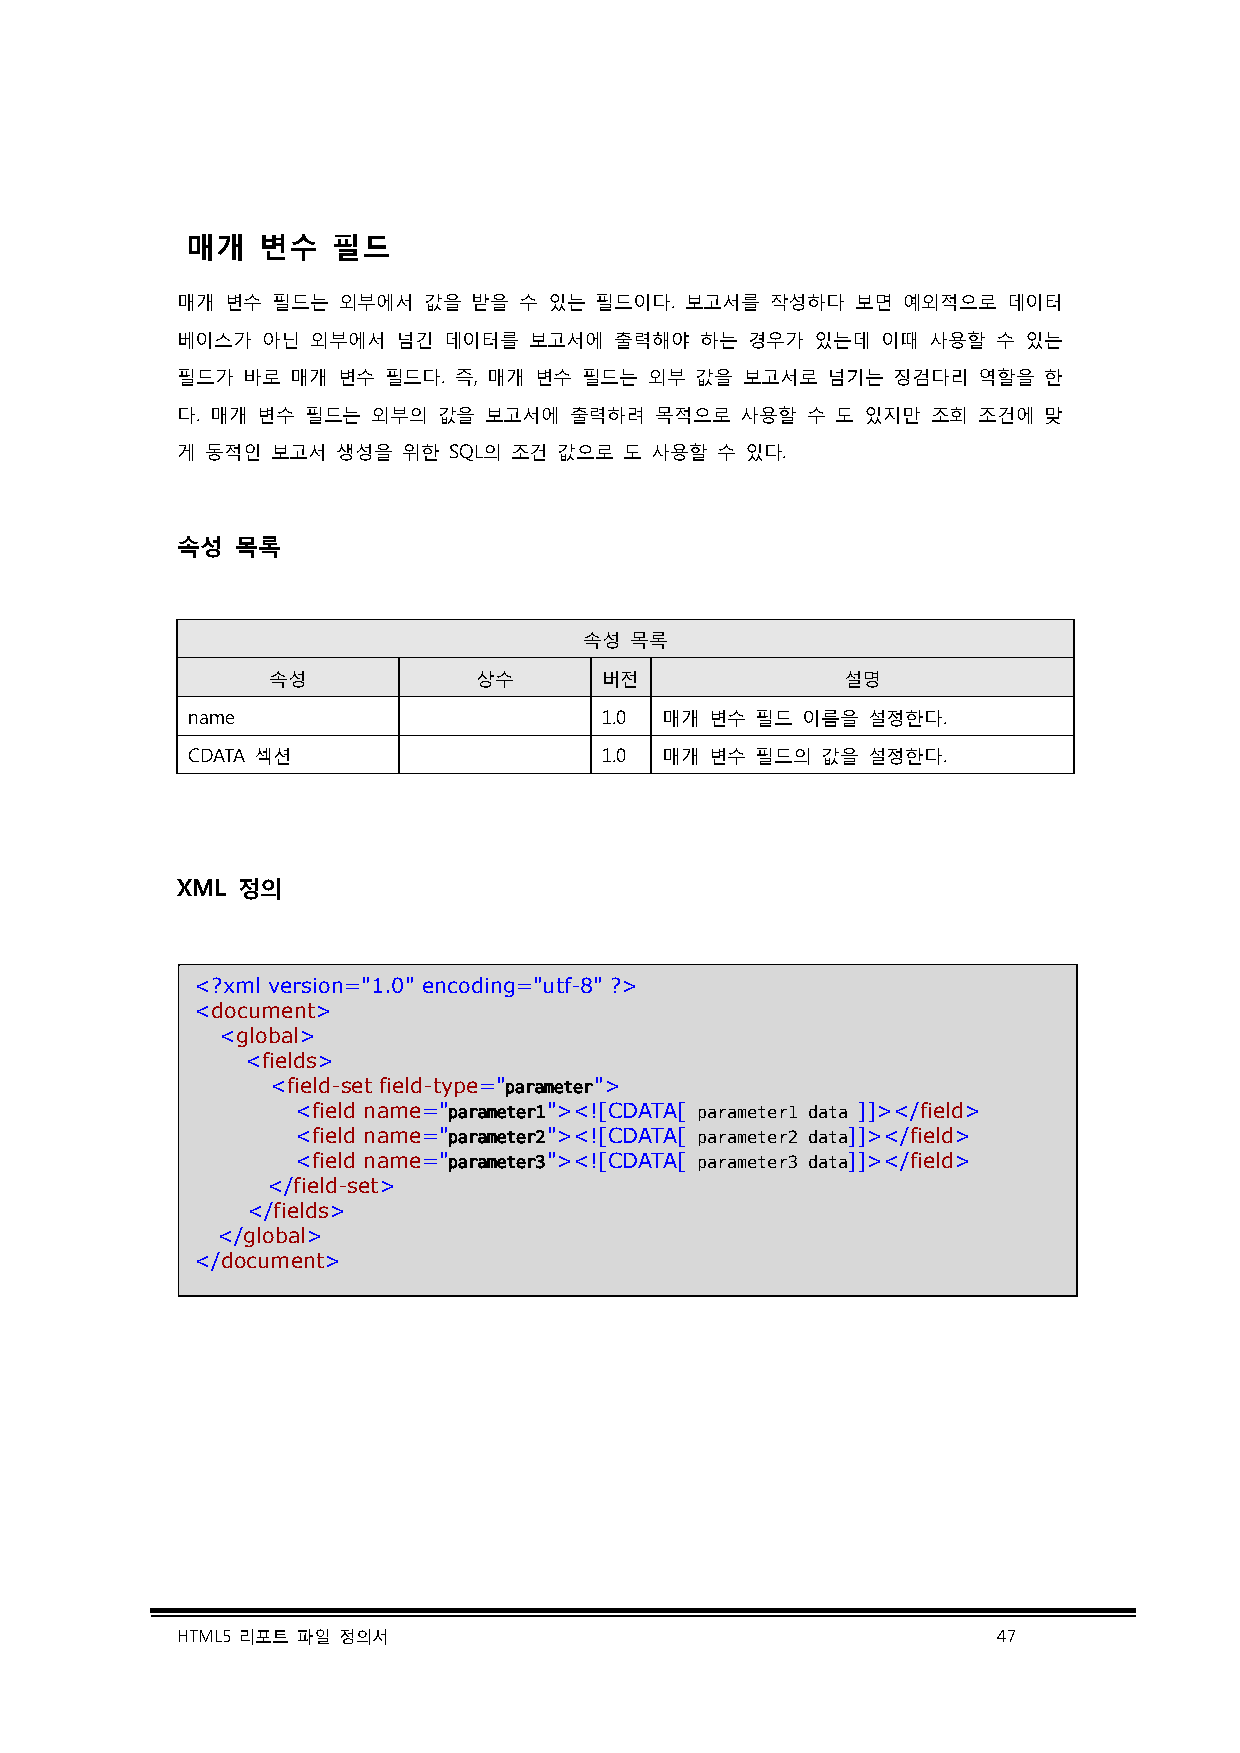
매개   변수   필드
 매개 변수 필드는 외부에서  값을 받을 수 있는 필드이다. 보고서를  작성하다  보면 예외적으로  데이터
 베이스가 아닌  외부에서 넘긴 데이터를  보고서에  출력해야 하는 경우가  있는데 이때 사용할  수 있는
 필드가 바로 매개 변수 필드다. 즉, 매개 변수 필드는 외부 값을 보고서로  넘기는 징검다리  역할을 한
 다. 매개 변수 필드는 외부의 값을 보고서에  출력하려 목적으로  사용할 수 도 있지만  조회 조건에 맞
 게 동적인 보고서 생성을  위한 SQL의 조건 값으로 도 사용할 수 있다.
 속성  목록
 속성 목록
 속성           상수       버전              설명
 name                        1.0 매개 변수 필드 이름을 설정한다.
 CDATA 섹션                    1.0 매개 변수 필드의 값을 설정한다.
 XML 정의
 <?xml version="1.0" encoding="utf-8" ?>
 <document>
 <global>
 <fields>
 <field-set field-type="parameter">
 <field name="parameter1"><![CDATA[ parameter1 data ]]></field>
 <field name="parameter2"><![CDATA[ parameter2 data]]></field>
 <field name="parameter3"><![CDATA[ parameter3 data]]></field>
 </field-set>
 </fields>
 </global>
 </document>
 HTML5 리포트 파일 정의서                                      47